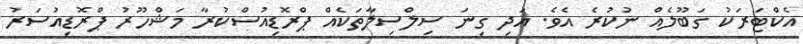
އެކްޓަރަކު ގަބޫލެއް ނުކުރެ އެވެ. އަދި ގިނަ ސިލްސިލާތަކެއް ޕްރޮޑިއުސްކުރާ މަޝްހޫރު ޕްރޮޑިއުސަރު